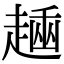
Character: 𧼶